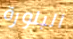
البلورة